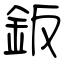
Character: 鈑